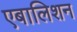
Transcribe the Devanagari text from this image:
एबालिशन